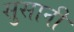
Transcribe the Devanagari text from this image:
सुसानी